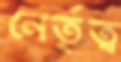
নের্তৃত্ব